Statistical return of the lunatic asylum in Assam - 1912-1932
Year: 1912
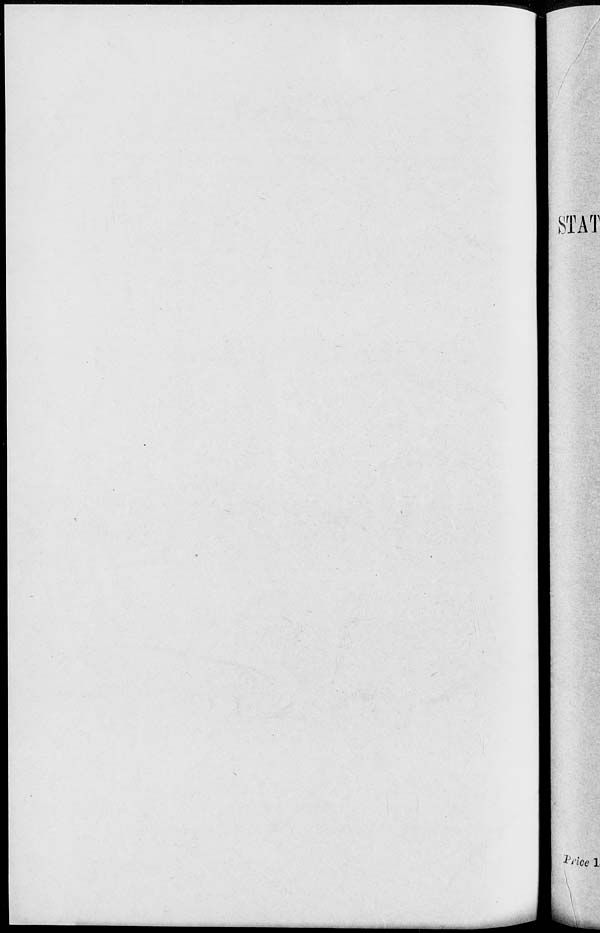
irn A W
k
•* J Wc<? 1